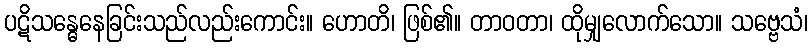
ပဋိသန္ဓေနေခြင်းသည်လည်းကောင်း။ ဟောတိ၊ ဖြစ်၏။ တာဝတာ၊ ထိုမျှလောက်သော။ သဗ္ဗေသံ၊